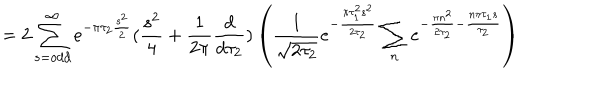
LaTeX: = 2 \sum _ { s = o d d } ^ { \infty } e ^ { - \pi \tau _ { 2 } \frac { s ^ { 2 } } { 2 } } ( \frac { s ^ { 2 } } { 4 } + \frac { 1 } { 2 \pi } \frac { d } { d \tau _ { 2 } } ) \left( \frac { 1 } { \sqrt { 2 \tau _ { 2 } } } e ^ { - \frac { \pi \tau _ { 1 } ^ { 2 } s ^ { 2 } } { 2 \tau _ { 2 } } } \sum _ { n } e ^ { - \frac { \pi n ^ { 2 } } { 2 \tau _ { 2 } } - \frac { n \pi \tau _ { 1 } s } { \tau _ { 2 } } } \right)